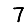
Digit: 7